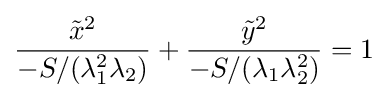
{\frac {{\tilde {x}}^{2}}{-S/(\lambda _{1}^{2}\lambda _{2})}}+{\frac {{\tilde {y}}^{2}}{-S/(\lambda _{1}\lambda _{2}^{2})}}=1